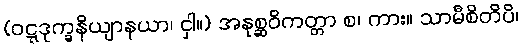
(ဝဋ္ဋဒုက္ခနိယျာနယာ၊ ငှါ။) အနုစ္ဆဝိကတ္တာ စ၊ ကား။ သာမီစိတိပိ၊